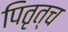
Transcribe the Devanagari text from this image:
पितृत्च